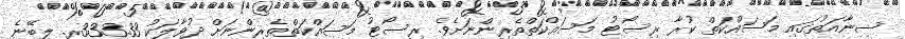
ސިނާއަތުގައި މަސައްކަތް ކުރާ ރިސޯޓު މަސައްކަތްތެރިންނަށެވެ. ރިސޯޓު މަސައްކަތްތެރިންނަށް ދުވާލަކު 333.33ރ. ލިބޭނެ